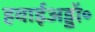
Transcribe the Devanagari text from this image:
हवाईअड्डॉ॰